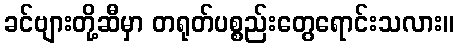
ခင်ဗျားတို့ဆီမှာ တရုတ်ပစ္စည်းတွေရောင်းသလား။